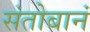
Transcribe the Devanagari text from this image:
संतोबानं